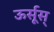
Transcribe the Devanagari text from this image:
ऊर्सूस्